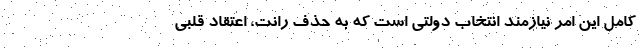
کامل این امر نیازمند انتخاب دولتی است که به حذف رانت، اعتقاد قلبی